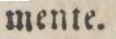
mente.